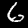
Label: 6